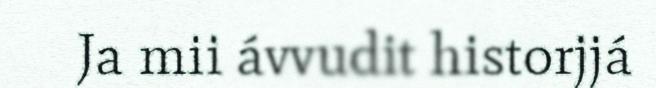
Ja mii ávvudit historjjá